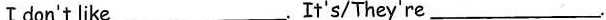
Ⅰdon't like ___.It's/They're___.